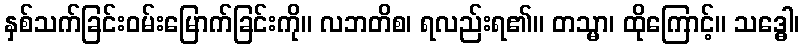
နှစ်သက်ခြင်းဝမ်းမြောက်ခြင်းကို။ လဘတိစ၊ ရလည်းရ၏။ တသ္မာ၊ ထိုကြောင့်။ သဒ္ဓေါ၊